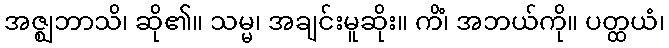
အဇ္ဈဘာသိ၊ ဆို၏။ သမ္မ၊ အချင်းမူဆိုး။ ကိံ၊ အဘယ်ကို။ ပတ္ထယံ၊